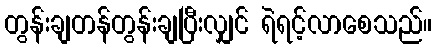
တွန်းချတန်တွန်းချပြီးလျှင် ရဲရင့်လာစေသည်။